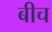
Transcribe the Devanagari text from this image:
बीच